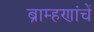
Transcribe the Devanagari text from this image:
ब्राम्हणांचें